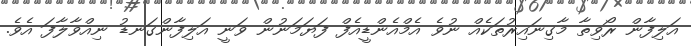
އަލިފާން ރޯވިތާ މާގިނައިރުތަކެއް ނުވެ އެމްއެންޑީއެފް ފަޔަމަނުން ވަނީ އަލިފާންގަނޑު ނިއްވާލާފަ އެވެ.